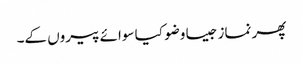
پھر نماز جیسا وضو کیا سوائے پیروں کے۔